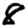
Digit: 8